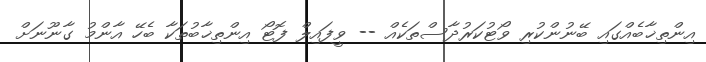
އިންތިޚާބެއްގައި ބޭނުންކުރި ވޯޓުކަރުދާސްތަކެއް -- ވީފައިލް ފޮޓޯ އިންތިޚާބުތަކާ ބެހޭ އާންމު ގާނޫނަށް